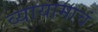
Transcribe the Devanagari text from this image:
व्यायामाचं